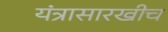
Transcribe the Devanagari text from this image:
यंत्रासारखीच